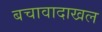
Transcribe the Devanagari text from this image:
बचावादाखल